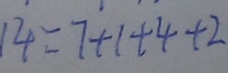
1 4 = 7 + 1 + 4 + 2